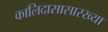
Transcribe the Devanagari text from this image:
कालिदासासारख्या